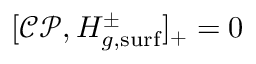
[ \mathcal { C P } , H _ { g , \mathrm { s u r f } } ^ { \pm } ] _ { + } = 0